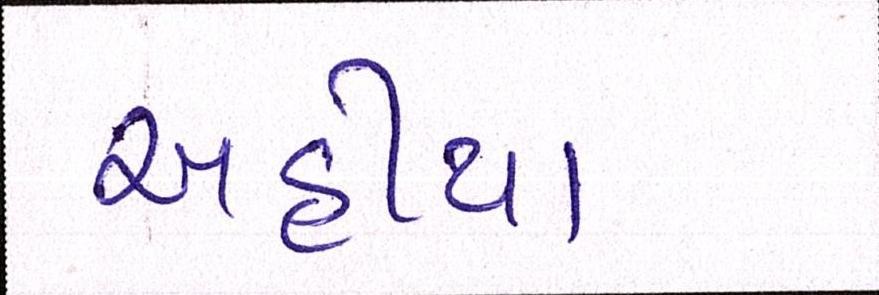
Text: અહીયા